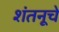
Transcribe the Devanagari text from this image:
शंतनूचे